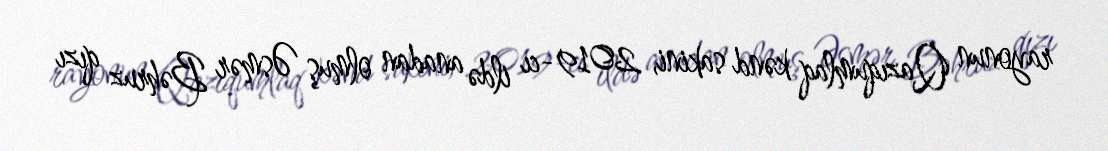
rayonun Qazıqumlaq kənd sakini, 2019-cı ildə anadan olmuş Əsmər Bəhruz qızı